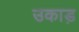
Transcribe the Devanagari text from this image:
उकाड़